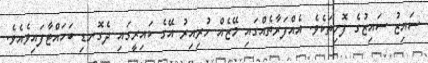
ސައިޒު ސައިޒުގެ ފޮށިތަކެވެ. އެއްފަރާތެއްގައި މޭޒެއް ހުރިއިރު އޭގެ ކައިރީގައި ދެގޮނޑި ބަހައްޓާފައިވެއެވެ.